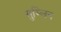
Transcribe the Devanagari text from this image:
सुम्लिन